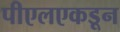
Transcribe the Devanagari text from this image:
पीएलएकडून